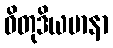
ဝိတုဒိယမာနာ